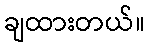
ချထားတယ်။